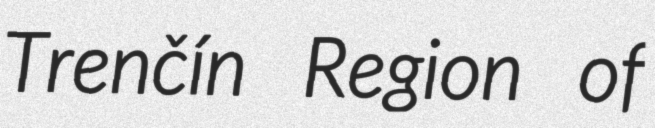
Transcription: Trenčín Region of